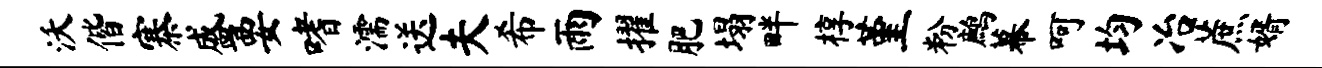
沃偕寨盛要嗜濡送夫希雨擢肥塌畔椁堇粉鹧幕呵均冶蔗婿